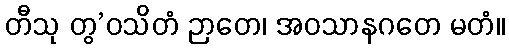
တီသု တွ’ဝသိတံ ဉာတေ၊ အဝသာနဂတေ မတံ။